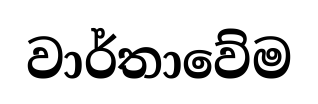
වාර්තාවේම